Vaccination in Bombay 1856-1862 - 1856-1862
Year: 1856
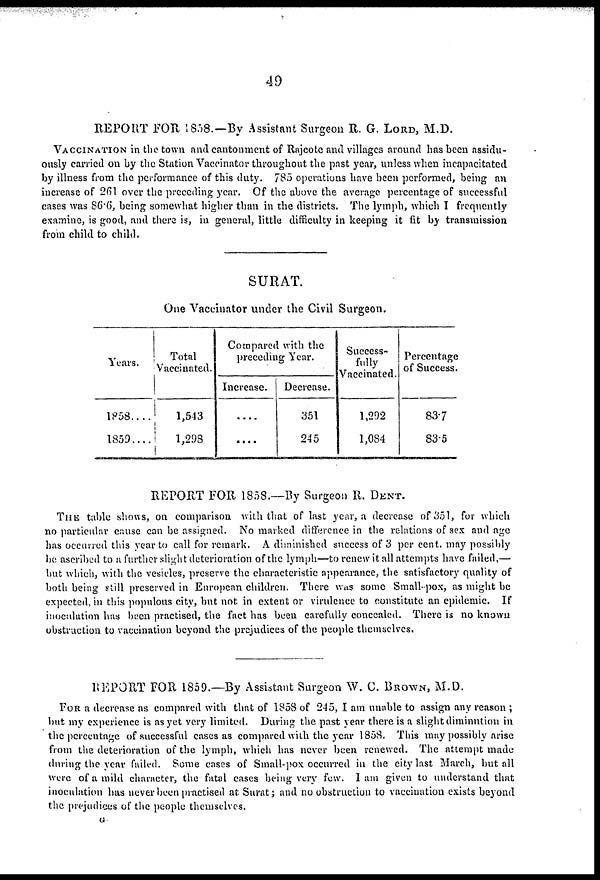
49
REPORT FOR 1858.—By Assistant Surgeon R. G. LORD, M.D.
VACCINATION in the town and cantonment of Rajcote and villages around has been assidu-
ously carried on by the Station Vaccinator throughout the past year, unless when incapacitated
by illness from the performance of this duty. 785 operations have been performed, being an
increase of 261 over the preceding year. Of the above the average percentage of successful
cases was 86.6, being somewhat higher than in the districts. The lymph, which I frequently
examine, is good, and there is, in general, little difficulty in keeping it fit by transmission
from child to child.
SURAT.
One Vaccinator under the Civil Surgeon.
Years.
1858....
1859....
Total
Vaccinated.
1,543
1,298
Compared with the
preceding Year.
Increase.
....
....
Decrease.
351
245
Success-
fully
Vaccinated.
1,292
1,084
Percentage
of Success.
837
83.5
REPORT FOR 1858.—By Surgeon R. DENT.
THE table shows, on comparison with that of last year, a decrease of 351, for which
no particular cause can be assigned. No marked difference in the relations of sex and age
has occurred this year to call for remark. A diminished success of 3 per cent, may possibly
be. ascribed to a further slight deterioration of the lymph—to renew it all attempts have failed,—
but which, with the vesicles, preserve the characteristic appearance, the satisfactory quality of
both being still preserved in European children. There was some Small-pox, as might be
expected, in this populous city, but not. in extent or virulence to constitute an epidemic. If
inoculation has been practised, the fact has been carefully concealed. There is no known
obstruction to vaccination beyond the prejudices of the people themselves.
REPORT FOR 1859.—By Assistant Surgeon W. C. BROWN, M.D.
FOR a decrease as compared with that of 1858 of 245, I am unable to assign any reason ;
but my experience is as yet very limited. During the past year there is a slight diminution in
the percentage of successful cases as compared with the year 1858. This may possibly arise
from the deterioration of the lymph, which has never been renewed. The attempt made
during the year failed. Some cases of Small-pox occurred in the city last March, but all
were of a mild character, the fatal cases being very few. I am given to understand that
inoculation has never been practised at Surat; and no obstruction to vaccination exists beyond
the prejudices of the people themselves.
G.